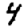
Digit: 4